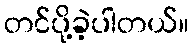
တင်ပို့ခဲ့ပါတယ်။